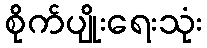
စိုက်ပျိုးရေးသုံး